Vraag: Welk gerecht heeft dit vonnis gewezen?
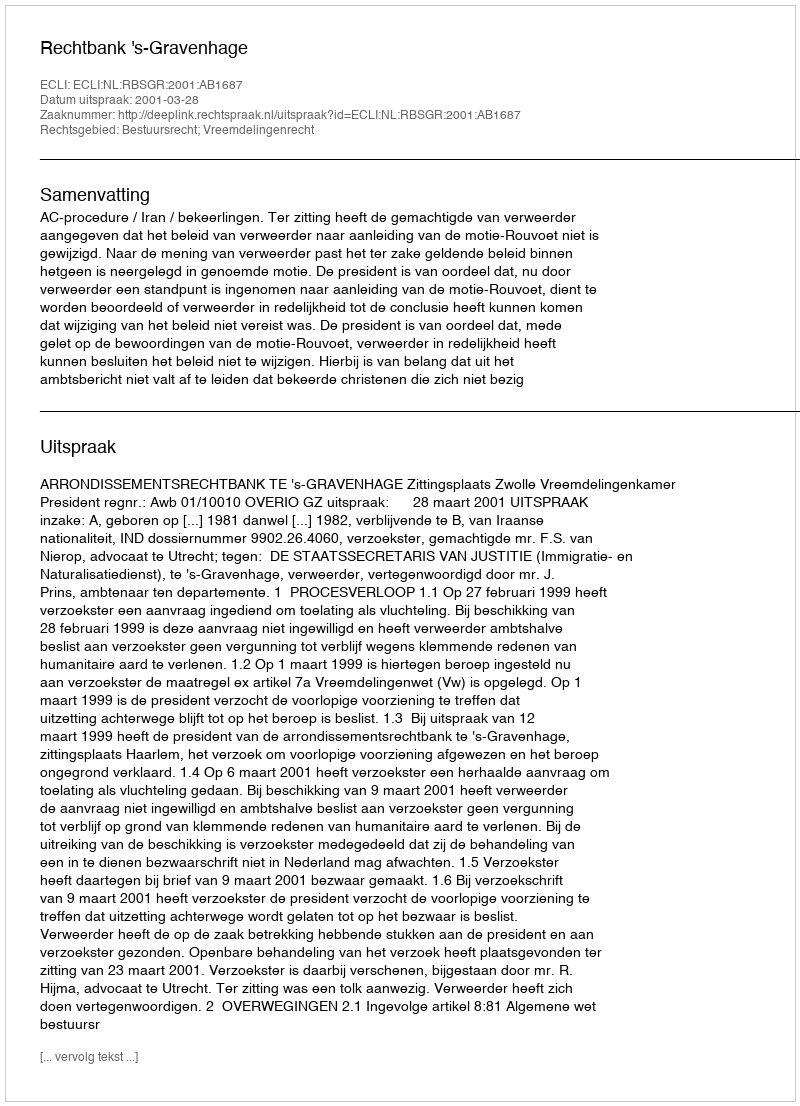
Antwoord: Rechtbank 's-Gravenhage